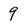
Character: 9